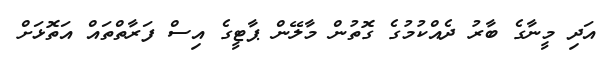
އަދި މީނާގެ ބާރު ދެއްކުމުގެ ގޮތުން މާލޭން ޕާޓީގެ އިސް ފަރާތްތައް އަތޮޅަށް